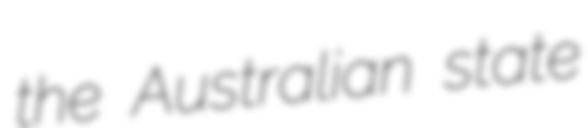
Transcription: the Australian state